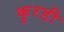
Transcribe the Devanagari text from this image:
कुरडी